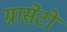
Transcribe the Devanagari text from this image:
ग्रासेटो